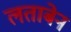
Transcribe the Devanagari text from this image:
लताबेन